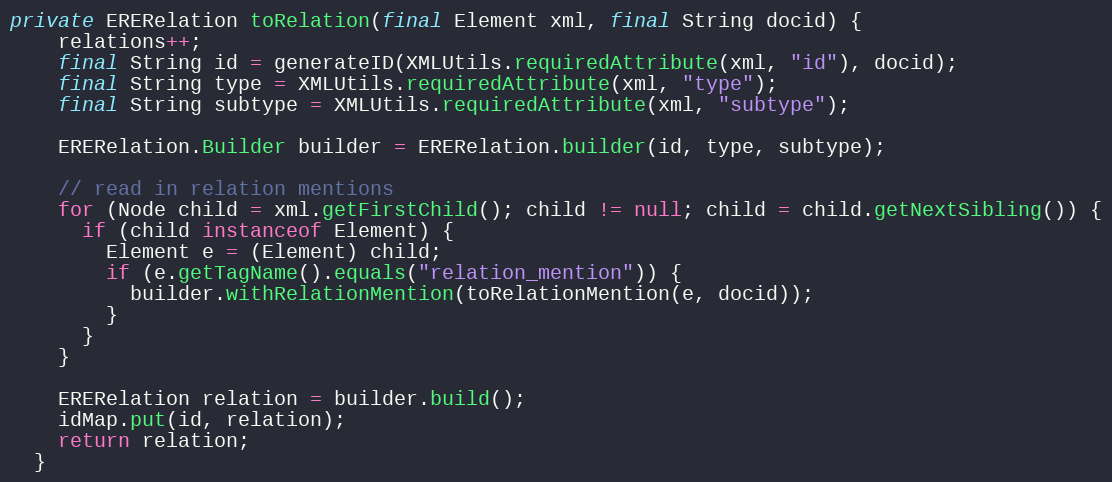
Language: Java
private ERERelation toRelation(final Element xml, final String docid) {
    relations++;
    final String id = generateID(XMLUtils.requiredAttribute(xml, "id"), docid);
    final String type = XMLUtils.requiredAttribute(xml, "type");
    final String subtype = XMLUtils.requiredAttribute(xml, "subtype");

    ERERelation.Builder builder = ERERelation.builder(id, type, subtype);

    // read in relation mentions
    for (Node child = xml.getFirstChild(); child != null; child = child.getNextSibling()) {
      if (child instanceof Element) {
        Element e = (Element) child;
        if (e.getTagName().equals("relation_mention")) {
          builder.withRelationMention(toRelationMention(e, docid));
        }
      }
    }

    ERERelation relation = builder.build();
    idMap.put(id, relation);
    return relation;
  }